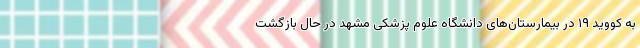
به کووید ۱۹ در بیمارستان‌های دانشگاه علوم پزشکی مشهد در حال بازگشت